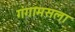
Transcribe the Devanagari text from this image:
गंगामसला